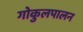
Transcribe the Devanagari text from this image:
गोकुलपालन